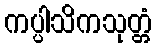
ကပ္ပါသိကသုတ္တံ